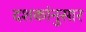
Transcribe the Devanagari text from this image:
दशकांनुसार